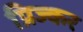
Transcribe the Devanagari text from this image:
प्रिज्कर